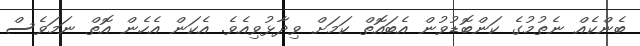
ބެންކެއް ނެތުމުގެ ކަންބޮޑުވުން އެބައޮތް ކަމަށް ވިދާޅުވިއެވެ. އެކަން އެހެން އޮތް ނަމަވެސް